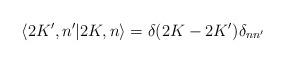
LaTeX: \begin{align*}\langle 2K^{\prime },n^{\prime } | 2K,n\rangle =\delta (2K-2K^{\prime } ) \delta_{nn^{\prime } }\end{align*}